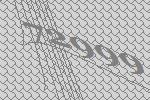
72999